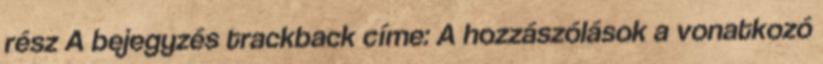
rész A bejegyzés trackback címe: A hozzászólások a vonatkozó